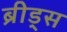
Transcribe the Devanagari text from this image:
ब्रीड्स